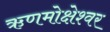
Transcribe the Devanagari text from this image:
ऋणमोक्षेश्वर